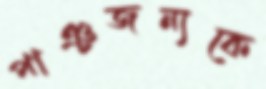
পাঞ্চজন্যকে